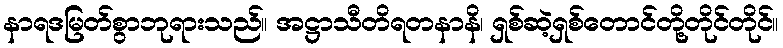
နာရဒမြတ်စွာဘုရားသည်။ အဋ္ဌာသီတိရတနာနိ၊ ရှစ်ဆဲ့ရှစ်တောင်တို့တိုင်တိုင်။